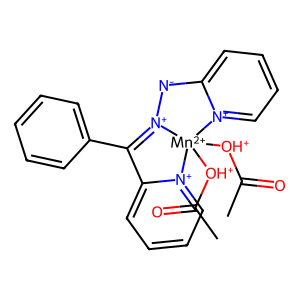
SMILES: CC(=O)[OH+][Mn+2]12([OH+]C(C)=O)[N+](=C(c3ccccc3)c3cccc[n+]31)[N-]c1cccc[n+]12
Inhibits HIV replication: No